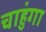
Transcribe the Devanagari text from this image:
चाहुंगा